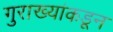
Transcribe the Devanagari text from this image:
गुराख्यांकडून